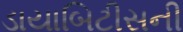
ડાયાબિટીસની